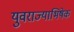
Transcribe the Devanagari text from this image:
युवराज्याभिषेक